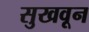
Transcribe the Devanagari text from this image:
सुखवून